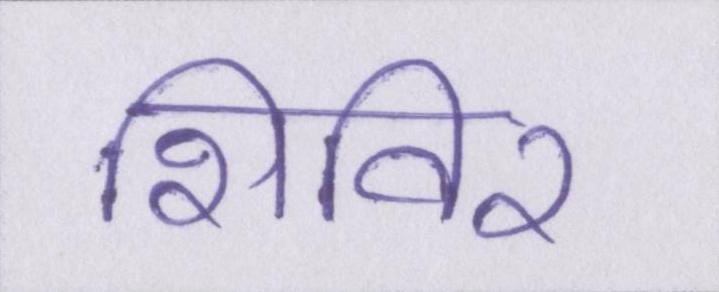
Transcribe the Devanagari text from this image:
शिविर